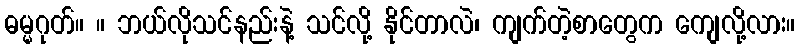
ဓမ္မဂုတ်။ ။ ဘယ်လိုသင်နည်းနဲ့ သင်လို့ နိုင်တာလဲ၊ ကျက်တဲ့စာတွေက ကျေလို့လား။